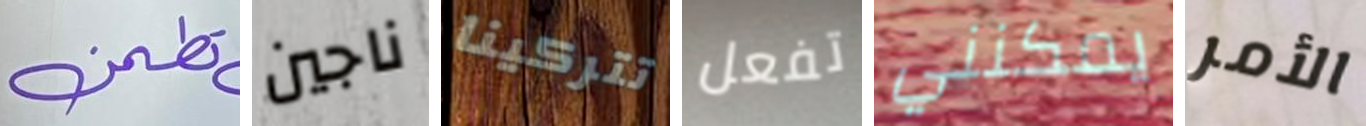
تطمن ناجين تتركينا تفعل يمكنني الأمر